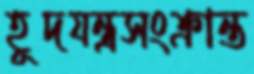
হূদযন্ত্রসংক্রান্ত